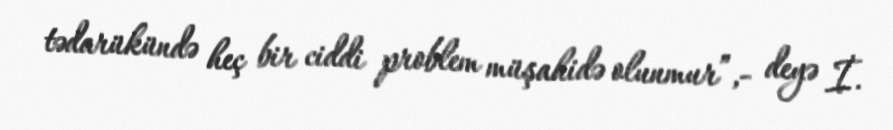
tədarükündə heç bir ciddi problem müşahidə olunmur”,- deyə İ.